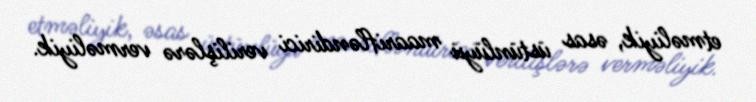
etməliyik, əsas üstünlüyü maarifləndirici verilişlərə verməliyik.